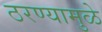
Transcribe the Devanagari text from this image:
ठरण्यामुळे